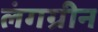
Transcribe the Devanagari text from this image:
लंगग्रीन